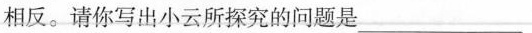
相反。请你写出小云所探究的问题是___